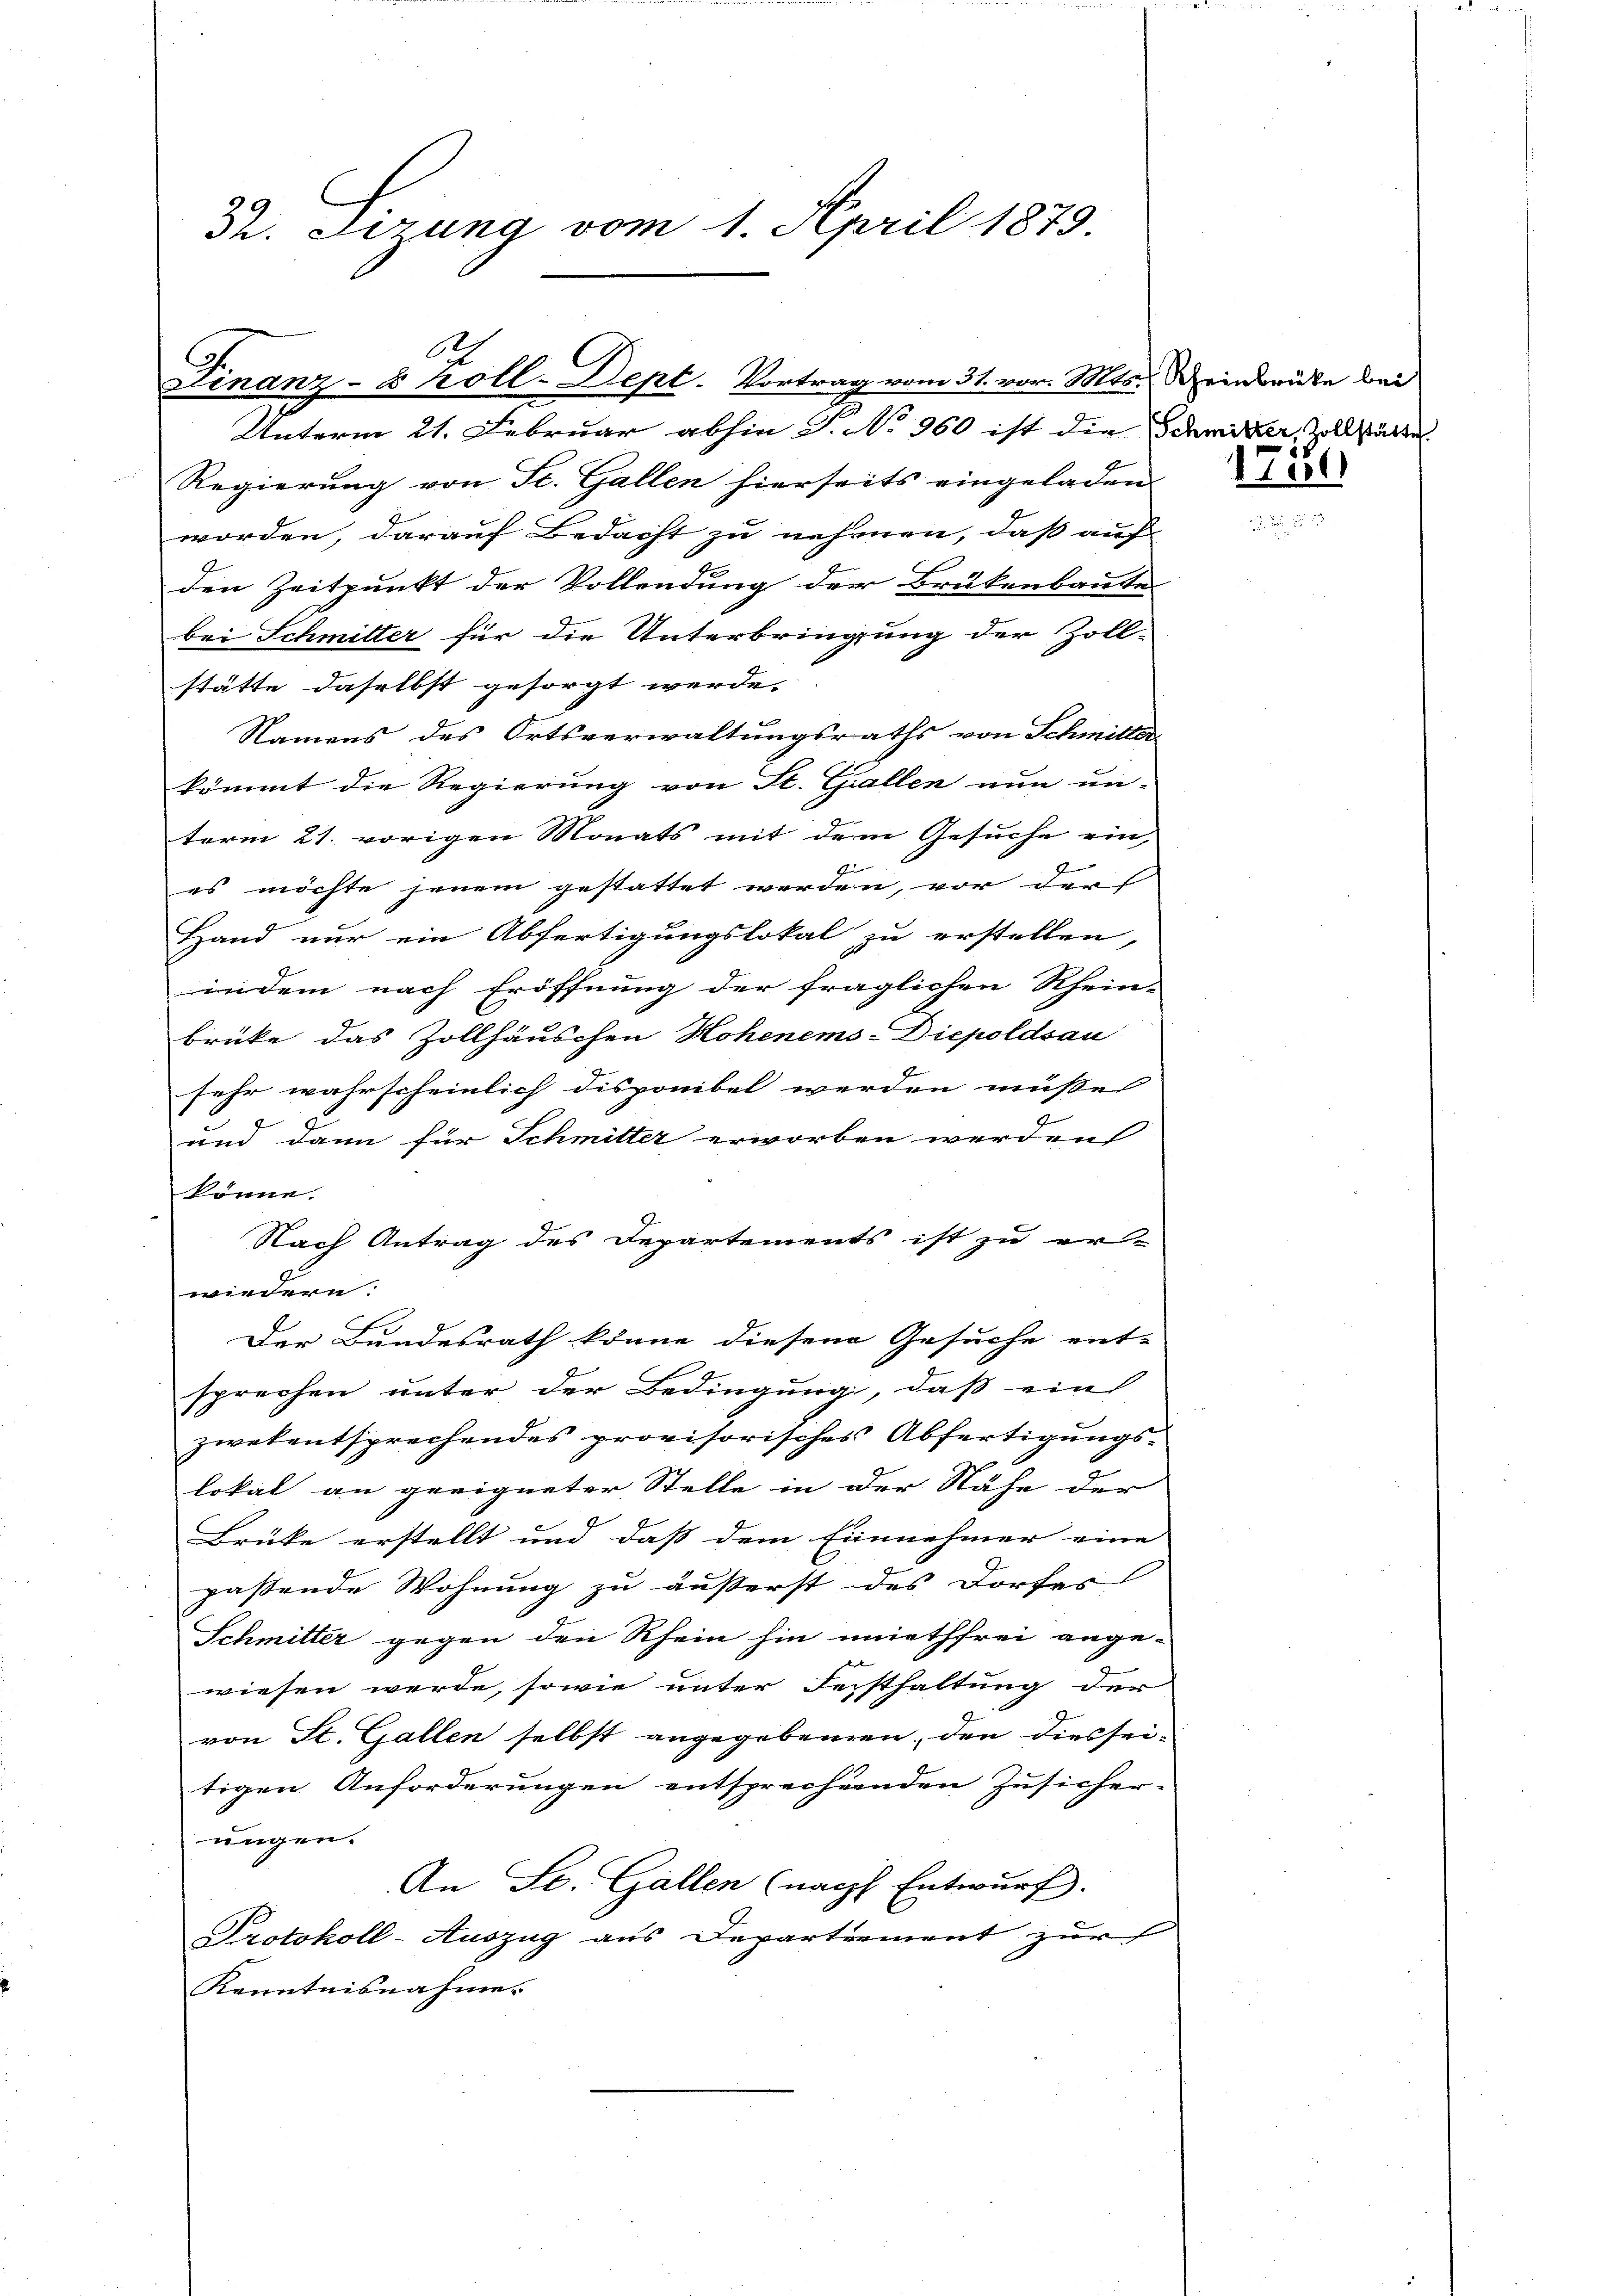
Th. Lirung vom 1. April 1879.

Finanz- & Koll-Dept. Vortrag vom 31. vor. Mts. Scheinbrücke bei
Unterm 21. Februar abhin S. No 360 ist die Schmitter, Zollstätte

Regierung von St. Gallen hierseits eingeladen
worden, darauf Bedacht zu nehmen, daß auf
den Zeitpunkt der Vollendung der Brukenbaute
bei Schmitter für die Unterbringung der Zoll-
stätte daselbst gesorgt werde.
Namens des Ortsverwaltungsraths von Schmitter
kömmt die Regierung von St. Gallen nun un-
term 21. vorigen Monats mit dem Gesuche ein,
f
es möchte jenem gestattet werden, vor der
Hand nur ein Abfertigungslokal zu erstellen,
indem nach Eröffnung der fraglichen Rhein-
brüke das Zollhäuschen Hohenems-Diepoldsau
sehr wahrscheinlich disponibel werden müsse |
und dann für Schmitter erworben werden
könne.
Nach Antrag des Departements ist zu er-
wiedern.
Der Bundesrath könne diesen Gesuche ent-
sprechen unter der Bedingung, daß ein
zwekentsprechendes provisorisches Abfertigŭngs-
lokal an geeigneter Stelle in der Nähe der
Brüke erstellt und daß dem Einnahmer eine
passende Wohnung zu äußerst des Dorfes
Schmitter gegen den Rhein hin miethfrei ange-
wiesen werde, sowie unter Festhaltung der
von St. Gallen selbst angegebenen, den dies seitigen Anforderungen entsprechenden Zusicher-
ungen.
An St. Gallen (nach Entwurf.
Protokoll-Auszug aus Departement zur
Kenntnisnahme.

1749